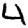
Digit: 4